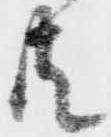
共